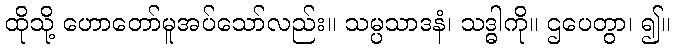
ထိုသို့ ဟောတော်မူအပ်သော်လည်း။ သမ္ပသာဒနံ၊ သဒ္ဓါကို။ ဌပေတွာ၊ ၍။